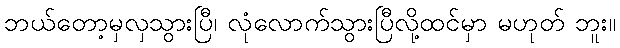
ဘယ်တော့မှလှသွားပြီ၊ လုံလောက်သွားပြီလို့ထင်မှာ မဟုတ် ဘူး။